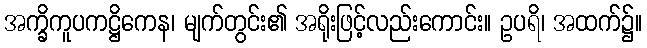
အက္ခိကူပကဋ္ဌိကေန၊ မျက်တွင်း၏ အရိုးဖြင့်လည်းကောင်း။ ဥပရိ၊ အထက်၌။